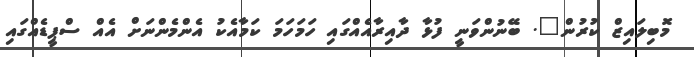
މޮބިލައިޒް ކުރުން". ބޭނުންވަނީ ފުޅާ ދާއިރާއެއްގައި ހަމަހަމަ ކަމާއެކު އެންމެންނަށް އެއް ސްޕީޑެއްގައި